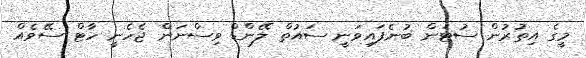
މީގެ އިތުރުން ސުޓަން ބުނެފައިވަނީ ސައުތް ލޭންޑް ވިސްނަން ޖެހެނީ ހާޓް ސޭވެއް